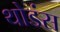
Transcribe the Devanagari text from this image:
थोडंस